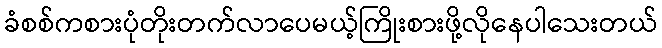
ခံစစ်ကစားပုံတိုးတက်လာပေမယ့်ကြိုးစားဖို့လိုနေပါသေးတယ်